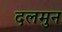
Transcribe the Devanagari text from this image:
दलमुन